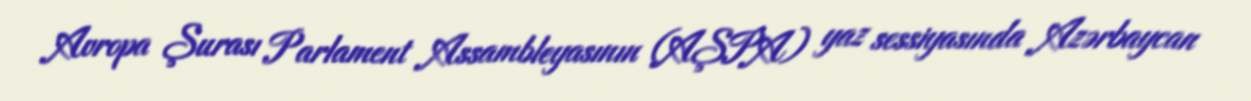
Avropa Şurası Parlament Assambleyasının (AŞPA) yaz sessiyasında Azərbaycan